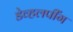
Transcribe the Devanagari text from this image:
डेव्हलपींग